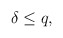
\begin{align*} \delta\le q,\end{align*}